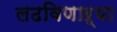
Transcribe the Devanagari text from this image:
लढविणाऱ्या